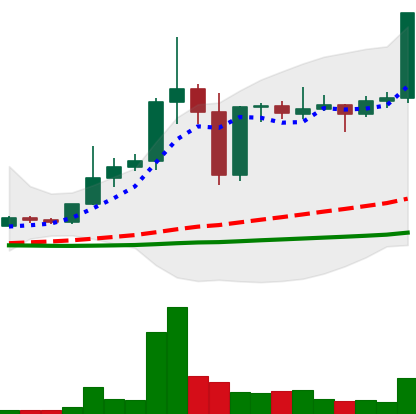
Ticker: DOGE-USD
Chart end date: 2021-01-01
Forward return: 84.081%
Label: up_7plus